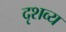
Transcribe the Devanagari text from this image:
दृशव्य